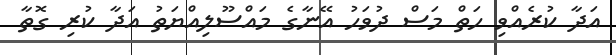
އަދާ ކުރެއްވި ހަތް މަސް ދުވަހު އޭނާގެ މައްސޫލިއްޔަތު އަދާ ކުރި ގޮތާ